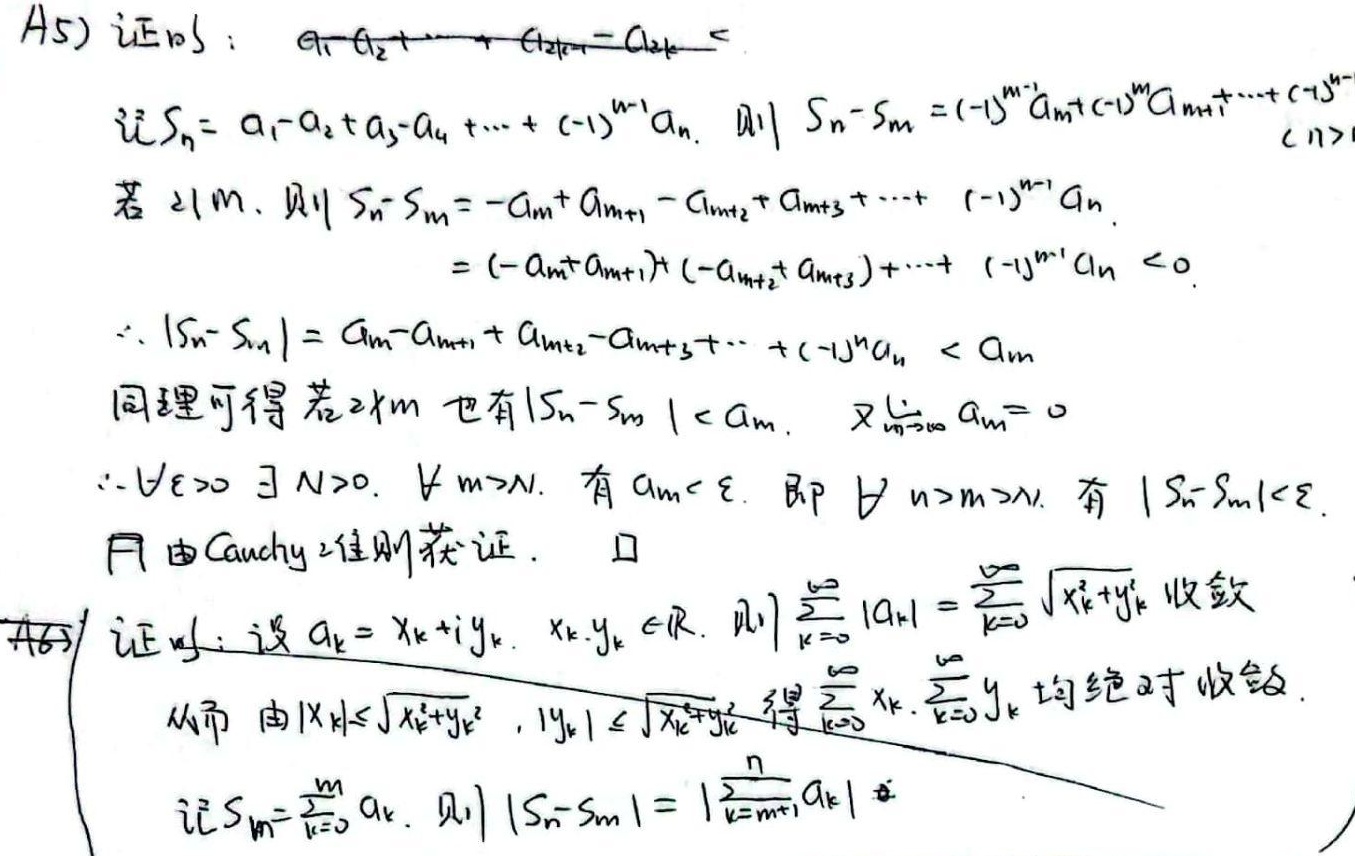
(A5) 证明：$a_1 - a_2+\cdots + a_{2k - 1}-a_{2k}<$
记$S_n=a_1 - a_2+a_3 - a_4+\cdots+(-1)^{n - 1}a_n$. 则$S_n - S_m=(-1)^{m - 1}a_m+(-1)^m a_{m + 1}+\cdots+(-1)^{n - 1}a_n$ $(n>m)$
若$2\mid m$, 则$S_n - S_m=-a_m+a_{m + 1}-a_{m + 2}+a_{m + 3}+\cdots+(-1)^{n - 1}a_n$
$=(-a_m + a_{m + 1})+(-a_{m + 2}+a_{m + 3})+\cdots+(-1)^{n - 1}a_n<0$
$\therefore|S_n - S_m|=a_m - a_{m + 1}+a_{m + 2}-a_{m + 3}+\cdots+(-1)^n a_n<a_m$
同理可得若$2\nmid m$也有$|S_n - S_m|<a_m$. 又$\lim_{m\rightarrow\infty}a_m = 0$
$\therefore\forall\varepsilon>0\ \exists N>0,\ \forall m > N$, 有$a_m<\varepsilon$, 即$\forall n>m > N$, 有$|S_n - S_m|<\varepsilon$
且由Cauchy准则获证. $\square$
(A6) 证明：设$a_k=x_k+iy_k$, $x_k,y_k\in\mathbb{R}$. 则$\sum_{k = 0}^{\infty}|a_k|=\sum_{k = 0}^{\infty}\sqrt{x_k^2 + y_k^2}$收敛
从而由$|x_k|\leq\sqrt{x_k^2 + y_k^2}$, $|y_k|\leq\sqrt{x_k^2 + y_k^2}$得$\sum_{k = 0}^{\infty}x_k$, $\sum_{k = 0}^{\infty}y_k$均绝对收敛.
记$S_m=\sum_{k = 0}^{m}a_k$. 则$|S_n - S_m|=\left|\sum_{k = m+1}^{n}a_k\right|$